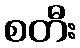
စတီး